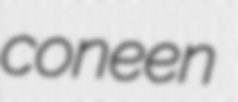
coneen